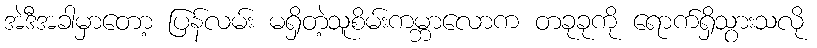
အဲဒီအခါမှာတော့ ပြန်လမ်း မရှိတဲ့သူစိမ်းကမ္ဘာလောက တခုခုကို ရောက်ရှိသွားသလို